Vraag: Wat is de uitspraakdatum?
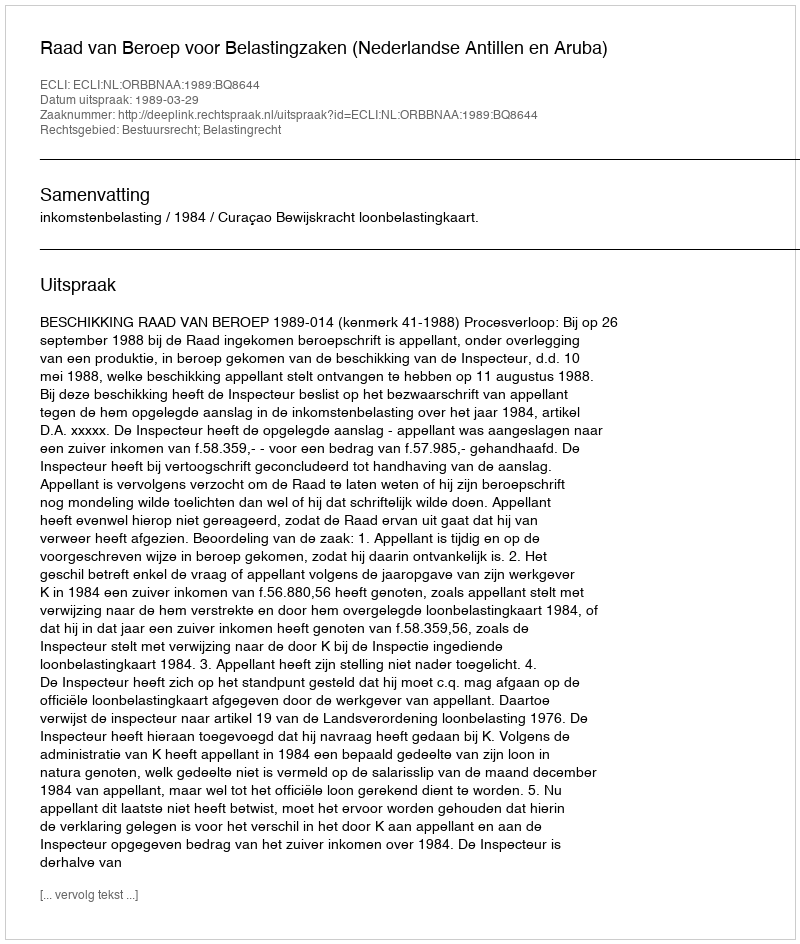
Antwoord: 1989-03-29